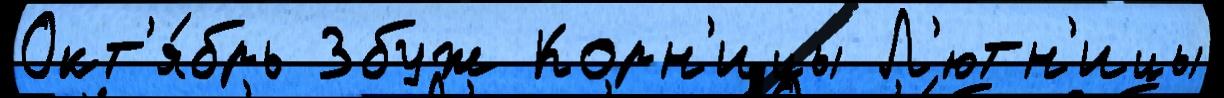
Окт'я́брь Збуж Корн'ицы Л'ютн'ицы